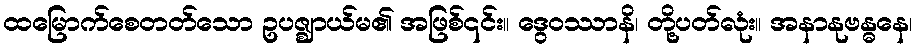
ထမြောက်စေတတ်သော ဥပဇ္ဈာယ်မ၏ အဖြစ်၎င်း။ ဒွေဝဿာနိ၊ တို့ပတ်လုံး။ အနာနုဗန္ဓနေ၊